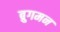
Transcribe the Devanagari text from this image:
ब्रुगमन